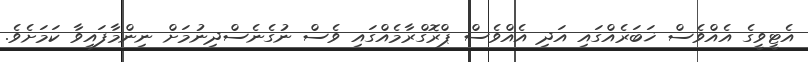
އެޓީވީގެ އެއްވެސް ޚަބަރެއްގައި އަދި އެއްވެސް ޕްރޮގްރާމެއްގައި ވެސް ނުގެނެސްދިނުމަށް ނިންމާފައިވާ ކަމަށެވެ.